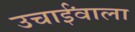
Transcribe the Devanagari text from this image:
उचाईंवाला